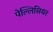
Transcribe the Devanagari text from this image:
पेल्लिसियर